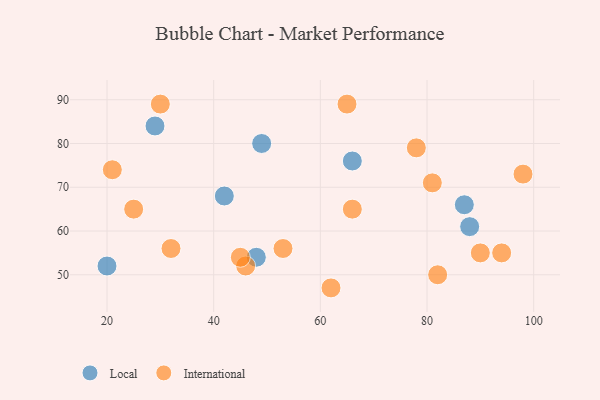
{"axis": {"x": "GDP", "y": "Life Expectancy"}, "legend": ["International", "Local"], "data": [{"x": "88", "y": 61, "type": "Local"}, {"x": "87", "y": 66, "type": "Local"}, {"x": "20", "y": 52, "type": "Local"}, {"x": "49", "y": 80, "type": "Local"}, {"x": "29", "y": 84, "type": "Local"}, {"x": "66", "y": 76, "type": "Local"}, {"x": "42", "y": 68, "type": "Local"}, {"x": "48", "y": 54, "type": "Local"}, {"x": "46", "y": 52, "type": "International"}, {"x": "66", "y": 65, "type": "International"}, {"x": "98", "y": 73, "type": "International"}, {"x": "53", "y": 56, "type": "International"}, {"x": "90", "y": 55, "type": "International"}, {"x": "45", "y": 54, "type": "International"}, {"x": "82", "y": 50, "type": "International"}, {"x": "62", "y": 47, "type": "International"}, {"x": "81", "y": 71, "type": "International"}, {"x": "32", "y": 56, "type": "International"}, {"x": "65", "y": 89, "type": "International"}, {"x": "94", "y": 55, "type": "International"}, {"x": "78", "y": 79, "type": "International"}, {"x": "25", "y": 65, "type": "International"}, {"x": "21", "y": 74, "type": "International"}, {"x": "30", "y": 89, "type": "International"}]}